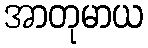
အာတုမာယ